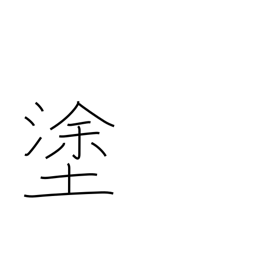
Meaning: smear